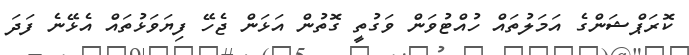
ކޮރަޕްޝަންގެ އަމަލުތައް ހުއްޓުވަން ވަގުތީ ގޮތުން އަޅަން ޖެހޭ ފިޔަވަޅުތައް އެޅޭނެ ފަދަ